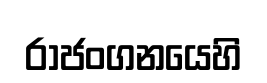
රාජංගනයෙහි